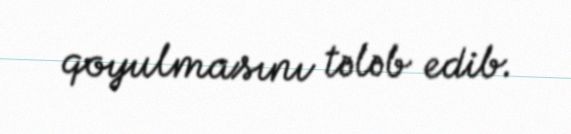
qoyulmasını tələb edib.